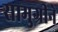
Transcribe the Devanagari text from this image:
सामुग्रीने